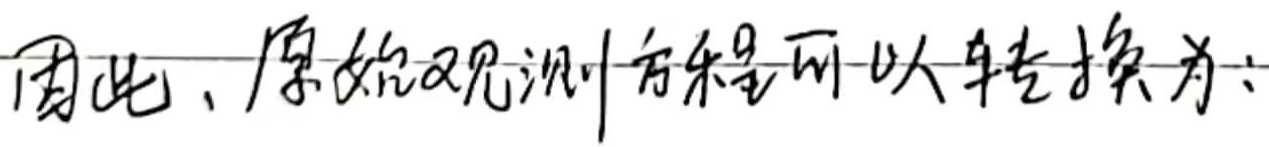
因此，原始观测方程可以转换为：